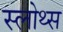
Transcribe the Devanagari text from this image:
स्लोथ्स